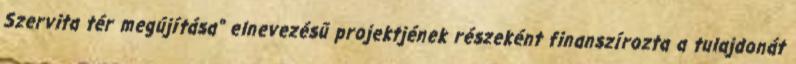
Szervita tér megújítása" elnevezésű projektjének részeként finanszírozta a tulajdonát